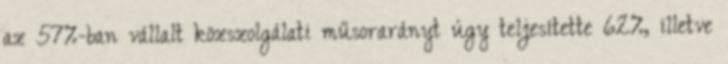
az 57%-ban vállalt közszolgálati műsorarányt úgy teljesítette 62%, illetve